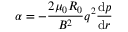
{ \alpha = - \frac { 2 \mu _ { 0 } R _ { 0 } } { B ^ { 2 } } q ^ { 2 } \frac { \mathrm { d } p } { \mathrm { d } r } }